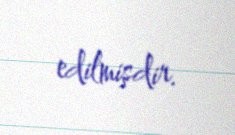
edilmişdir.